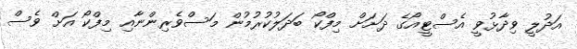
އަދުލީ ވިދާޅުވީ އެސްޓީއޯގެ ދަށަށް މިފްކޯ ބަދަލުކުރުމުން މަސްވެރިންނާއި މިފްކޯ އަށް ވެސް